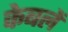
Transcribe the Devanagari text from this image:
केबलें